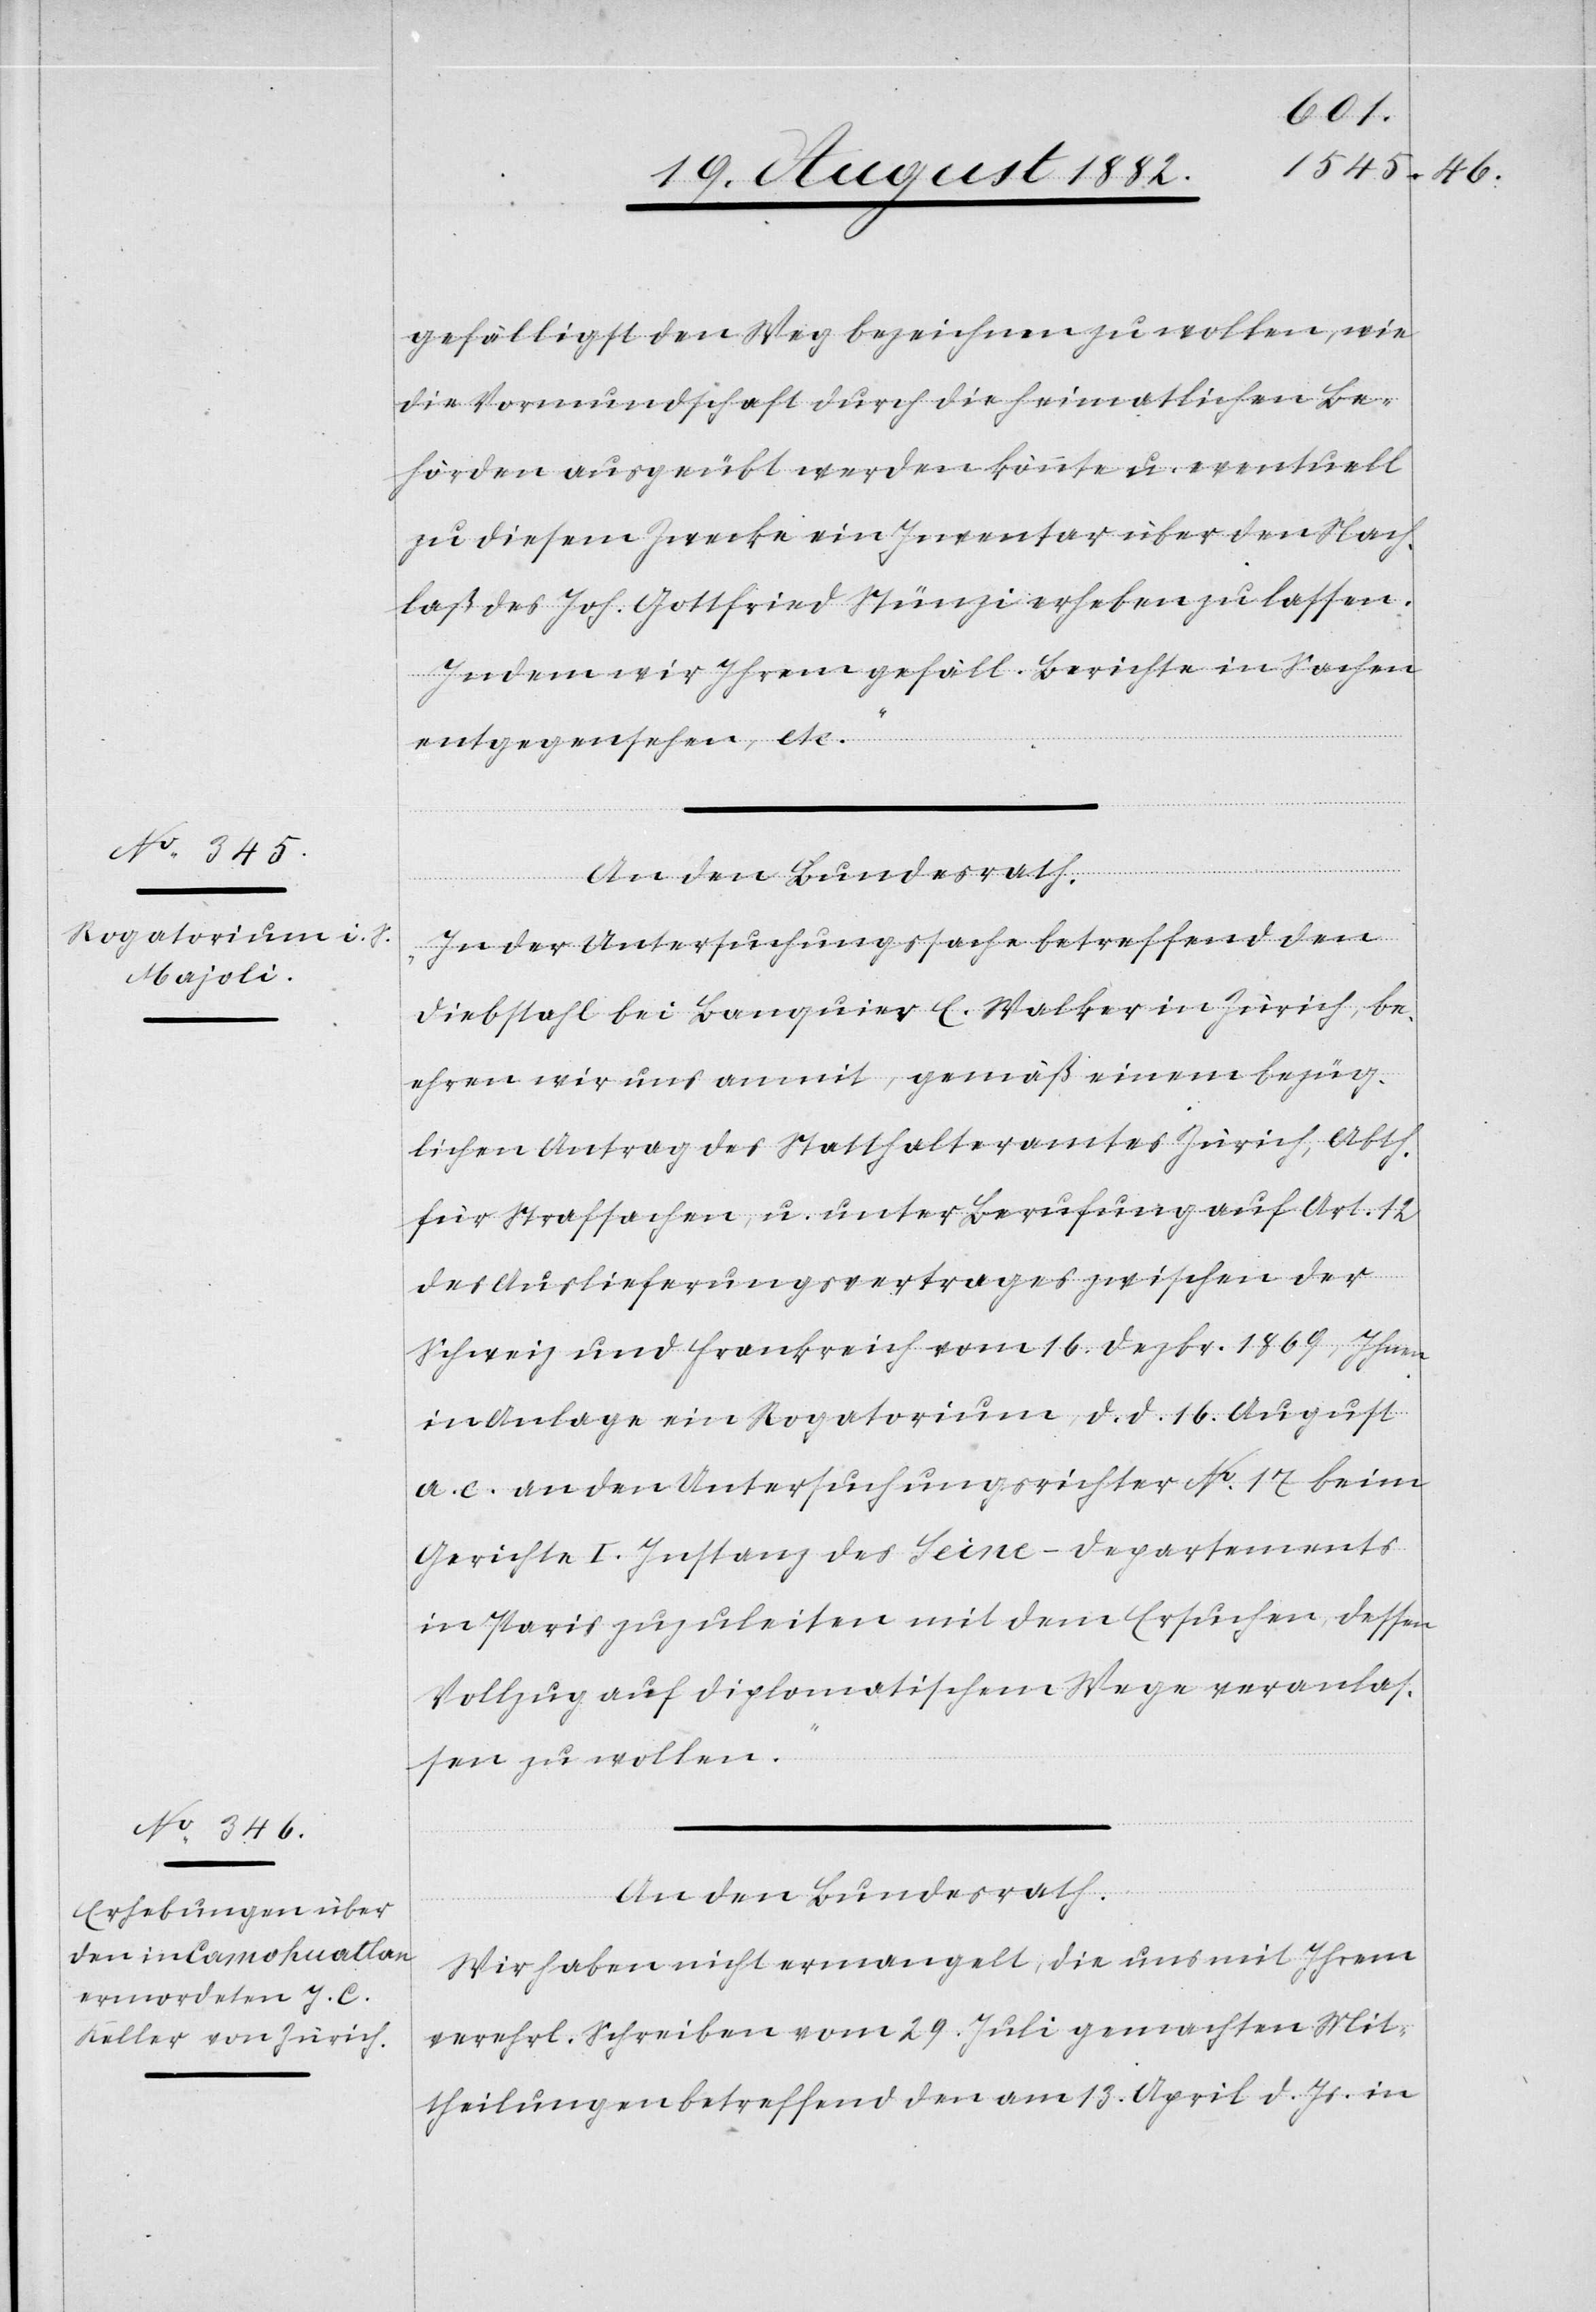
gefälligst den Weg bezeichnen zu wollen, wie
die Vormundschaft durch die heimatlichen Be¬
hörden ausgeübt werden könnte u. eventuell
zu diesem Zwecke ein Inventar über den Nach¬
laß des Joh. [sic!] Gottfried Stünzi erheben lassen.
Indem wir Ihren gefäll. Berichte in Sachen
entgegensehen, etc.“
An den Bundesrath.
„In der Untersuchungssache betreffend den
Diebstahl bei Banquier E. Walker in Zürich, be¬
ehren wir uns anmit, gemäß einem bezüg¬
lichen Antrag des Statthalteramtes Zürich, Abth.
für Strafsachen, u. unter Berufung auf Art. 12
des Auslieferungsvertrages zwischen der
Schweiz und Frankreich vom 16. Dezbr. 1869, Ihnen
in Anlage ein Rogatorium, d. d. 16. August
a. c. an den Untersuchungsrichter No 17 beim
Gerichte I. Instanz des Seine-Departements
in Paris zuzuleiten mit dem Ersuchen, dessen
Vollzug auf diplomatischen Wege veranlas¬
sen zu wollen.“
An den Bundesrath.
Wir haben nicht ermangelt, die uns mit Ihrem
verehrl. Schreiben vom 29. Juli gemachten Mit¬
theilungen betreffend den am 13. April d. Js. in